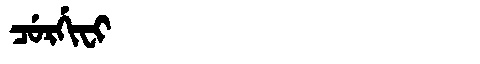
Manchu: ᠴᡠᡵᡤᡳᠸᡳ
Romanization: CURGIFI